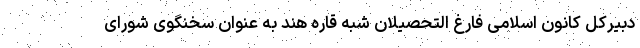
دبیرکل کانون اسلامی فارغ التحصیلان شبه قاره هند به عنوان سخنگوی شورای